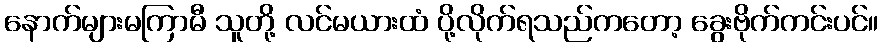
နောက်များမကြာမီ သူတို့ လင်မယားထံ ပို့လိုက်ရသည်ကတော့ ခွေးဗိုက်ကင်းပင်။